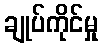
ချုပ်ကိုင်မှု